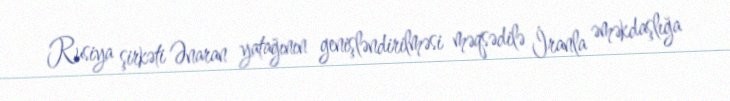
Rusiya şirkəti Ənaran yatağının genişləndirilməsi məqsədilə İranla əməkdaşlığa